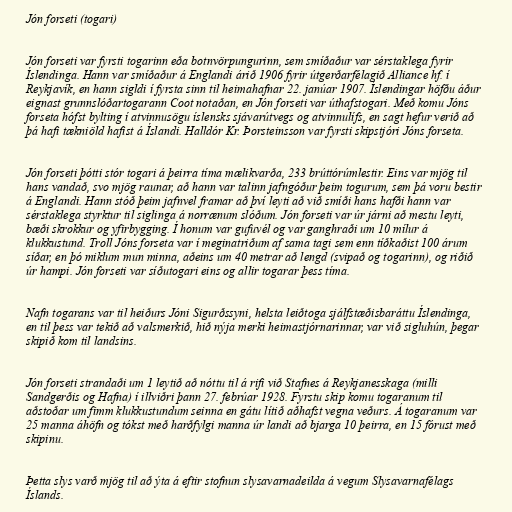
Jón forseti (togari)

Jón forseti var fyrsti togarinn eða botnvörpungurinn, sem smíðaður var sérstaklega fyrir
Íslendinga. Hann var smíðaður á Englandi árið 1906 fyrir útgerðarfélagið Alliance hf. í
Reykjavík, en hann sigldi í fyrsta sinn til heimahafnar 22. janúar 1907. Íslendingar höfðu áður
eignast grunnslóðartogarann Coot notaðan, en Jón forseti var úthafstogari. Með komu Jóns
forseta hófst bylting í atvinnusögu íslensks sjávarútvegs og atvinnulífs, en sagt hefur verið að
þá hafi tækniöld hafist á Íslandi. Halldór Kr. Þorsteinsson var fyrsti skipstjóri Jóns forseta.

Jón forseti þótti stór togari á þeirra tíma mælikvarða, 233 brúttórúmlestir. Eins var mjög til
hans vandað, svo mjög raunar, að hann var talinn jafngóður þeim togurum, sem þá voru bestir
á Englandi. Hann stóð þeim jafnvel framar að því leyti að við smíði hans hafði hann var
sérstaklega styrktur til siglinga á norrænum slóðum. Jón forseti var úr járni að mestu leyti,
bæði skrokkur og yfirbygging. Í honum var gufuvél og var ganghraði um 10 mílur á
klukkustund. Troll Jóns forseta var í meginatriðum af sama tagi sem enn tíðkaðist 100 árum
síðar, en þó miklum mun minna, aðeins um 40 metrar að lengd (svipað og togarinn), og riðið
úr hampi. Jón forseti var síðutogari eins og allir togarar þess tíma.

Nafn togarans var til heiðurs Jóni Sigurðssyni, helsta leiðtoga sjálfstæðisbaráttu Íslendinga,
en til þess var tekið að valsmerkið, hið nýja merki heimastjórnarinnar, var við sigluhún, þegar
skipið kom til landsins.

Jón forseti strandaði um 1 leytið að nóttu til á rifi við Stafnes á Reykjanesskaga (milli
Sandgerðis og Hafna) í illviðri þann 27. febrúar 1928. Fyrstu skip komu togaranum til
aðstoðar um fimm klukkustundum seinna en gátu lítið aðhafst vegna veðurs. Á togaranum var
25 manna áhöfn og tókst með harðfylgi manna úr landi að bjarga 10 þeirra, en 15 fórust með
skipinu.

Þetta slys varð mjög til að ýta á eftir stofnun slysavarnadeilda á vegum Slysavarnafélags
Íslands.